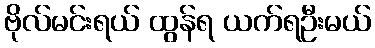
ဗိုလ်မင်းရယ် ထွန်ရ ယက်ရဦးမယ်